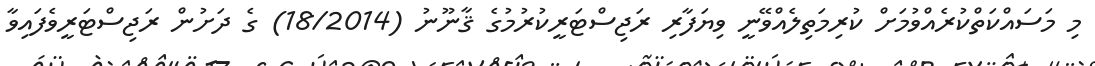
މި މަސައްކަތްކުރެއްވުމަށް ކުރިމަތިލެއްވޭނީ ވިޔަފާރި ރަޖިސްޓަރީކުރުމުގެ ޤާނޫނު (18/2014) ގެ ދަށުން ރަޖިސްޓަރީވެފައިވާ